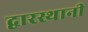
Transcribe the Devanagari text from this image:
द्वारस्थानी